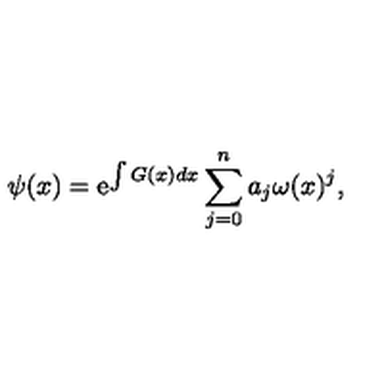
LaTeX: \psi ( x ) = \mathrm { e } ^ { \int G ( x ) d x } \sum _ { j = 0 } ^ { n } a _ { j } \omega ( x ) ^ { j } ,